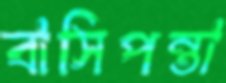
বাসিপন্তা